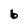
Character: 6